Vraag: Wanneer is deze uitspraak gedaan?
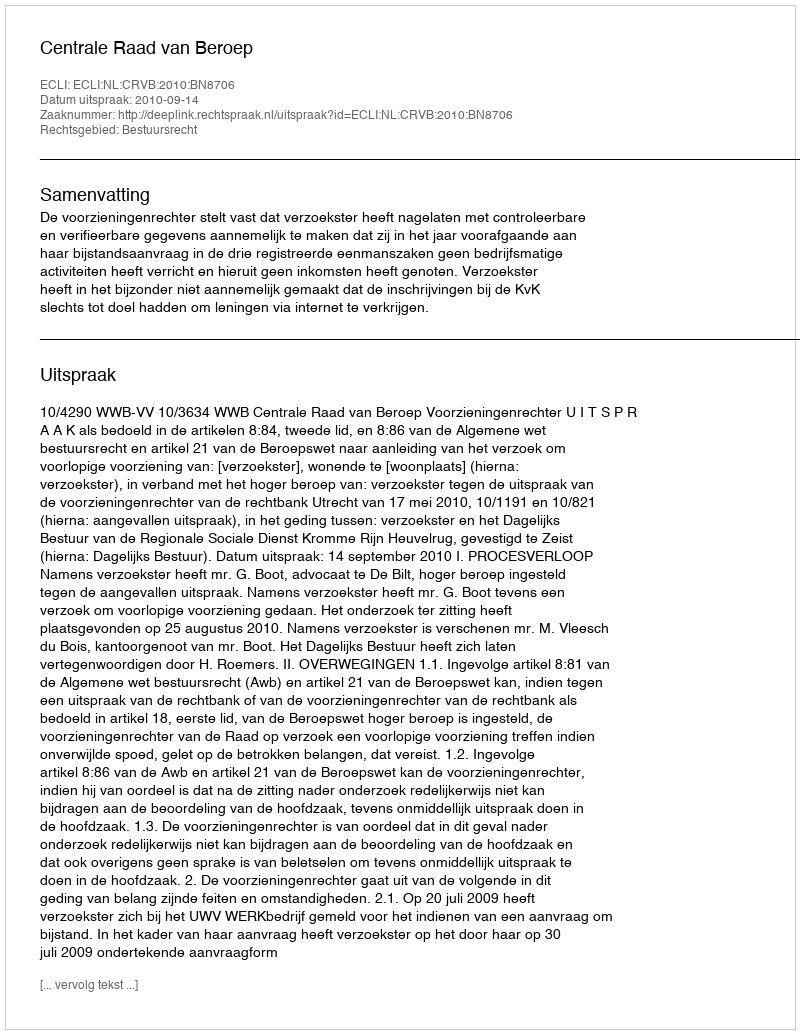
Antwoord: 2010-09-14